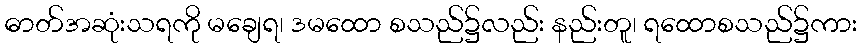
ဓာတ်အဆုံးသရကို မချေရ၊ ဒမထော စသည်၌လည်း နည်းတူ၊ ရထောစသည်၌ကား